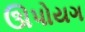
ઊપોયગ